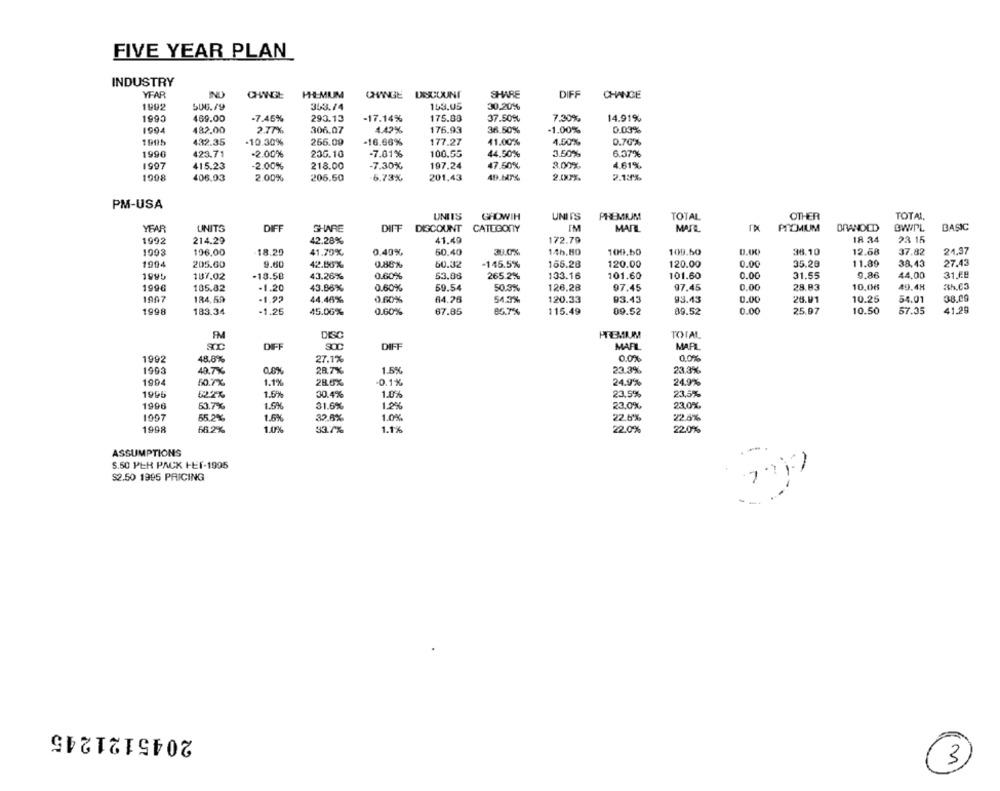
FIVE YEAR PLAN
INDUSTRY
YFAR
ND
CHANGE
HHMUM
CHANGE DISCOUNT
SHARE
DIFF
CHANGE
506.79
353.74
153.05
30,20%
1993
469.00
-7.45%
290.13
-17.14%
175.89
37.50%
7.30%
14.91%
1994
482.00
2.77%
306.07
4.42%
176.93
36.50%
1.00%
0.03%
1995
432.35
-10.30%
256.09
-16.66%
177.27
41.00%
4.00%
0.70%
1990
423.71
.2.00%
230.10
-7.01%
100.55
44.50%
3.50%
6.37%
1997
415.23
-2.00%
218.00
-7.30%
197.24
47.50%
3.00%
4.61%
1998
406.03
2.00%
206.50
6.73%
201,43
40.67%.
2.13%
PM-USA
OTHER
TOTAL
UNITS
GHOWIH
UNIT'S
PREMIUM
TOTAL
YEAR
UNITS
DIFF
SHARE
DIFF DISCOUNT
CATEGORY
IM
MARL
MATE
PREMIUM
BRANDED
BWPL
BASIC
1992
214.29
42.28%
41.49
172.79
18 34
23 16
1993
196.00
18.20
41.70%
0.49%
50.40
30.0%
14b,80
109.60
109.50
38.10
12.68
37.82
24.97
38.43
1904
205.60
9.60
42.56%
0.86%
60.32
-145.5%
165.28
120.00
120.00
0.00
35.28
11.89
27.43
1995
107.02
-18.50
43.26%
0.60%
53.08
265.2%
133.16
101.60
101.60
0.00
31.55
9.86
44.00
31 FB
1996
0.00
28.83
10,06
49.48
185.82
-1.20
43.86%
0.60%
59.54
50.3%%
126.28
97.45
97.45
1987
184,59
-1.92
44.46%
0.60%
64.76
54.7%
120.33
93.43
93.43
0.00
26.01
10.25
54.01
38.09
1998
183.34
-1.25
45.06%
0.60%
67.85
85.7%
115.49
09.52
09.52
0.00
25.97
10.50
57.35
41.29
FM
DISC
PREMIUM
TOTAL
DIFF
SOC
DIFF
MARL
MARL
0.0%
1992
48.8%
27.1%
0.0%
1903
40.7%
28.7%
1.5%
23.3%
23.3%
1994
50.7%.
1.1%
-0.1%
24.9%
24.9%
1995
1.6%
30.4%
1.0%
23.5%
23,5%
1996
53.7%
1.5%
31.6%
1.2%
23.0%
23.0%.
1997
55.2%
1.5%
32.8%
1.0%
22.6%
22.5%
1998
1.0%
66.2%
33.7%
1.1%
22.0%
22.0%
ASSUMPTIONS
5.50 PER PACK HEI-1995
$2.50 1995 PRICING
- .
2045121245
3